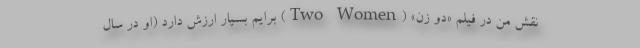
نقش من در فیلم «دو زن» (Two Women) برایم بسیار ارزش دارد (او در سال